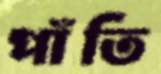
পাঁতি